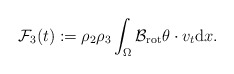
\begin{align*}\mathcal{F}_{3}(t) := \rho_{2} \rho_{3} \int_{\Omega} \mathcal{B}_{\mathrm{rot}} \theta \cdot v_{t} \mathrm{d} x. \end{align*}